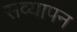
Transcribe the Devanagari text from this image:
सव्यापन